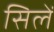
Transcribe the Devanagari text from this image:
सिलें